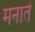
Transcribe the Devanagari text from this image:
मनातें